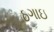
ઠગાઇ